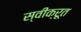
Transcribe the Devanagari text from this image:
स्वीक्रूत